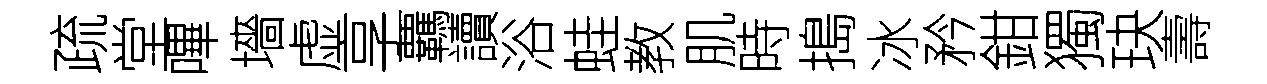
疏堂嗶墻虚享覊讀浴蛙教肌時搗冰矜鉗獨玦壽